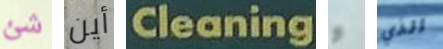
شئ أين Cleaning و الذي